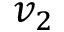
v _ { 2 }